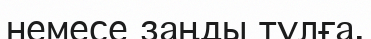
немесе заңды тұлға.